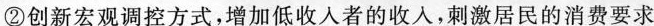
②创新宏观调控方式，增加低收入者的收入，刺激居民的消费要求